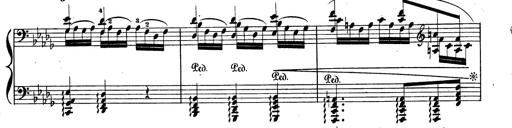
Title: BÃ©nÃ©diction et serment
Composer: Franz Liszt